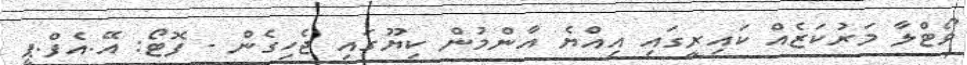
ވޯޓްލާ މަރުކަޒެއް ކައިރީގައި އިއްޔެ އާންމުން ކިޔޫގައި ޖެހިގެން - ފޮޓޯ: އޭ.އެފް.ޕީ